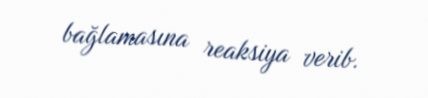
bağlamasına reaksiya verib.